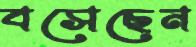
বসেছেন